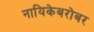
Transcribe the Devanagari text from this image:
नायिकेबरोबर